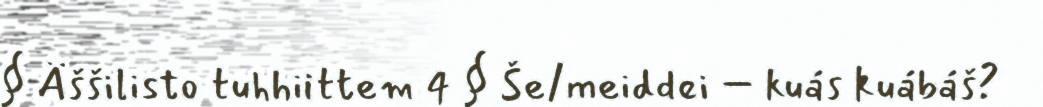
§ Äššilisto tuhhiittem 4 § Še/meiddei – kuás kuábáš?